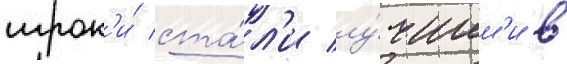
игрок'и́ ста́л'и лу́чшим'и в